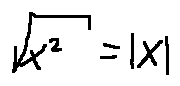
\sqrt { x ^ { 2 } } = | x |